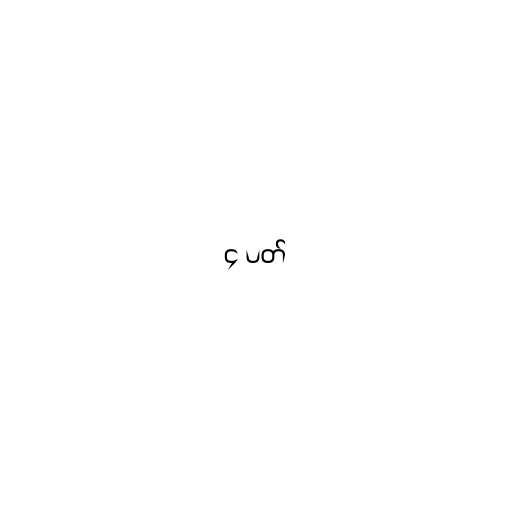
၄ ပတ်